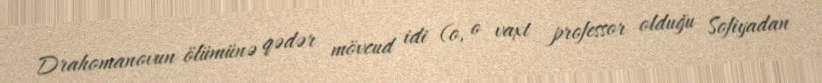
Drahomanovun ölümünə qədər mövcud idi (o, o vaxt professor olduğu Sofiyadan